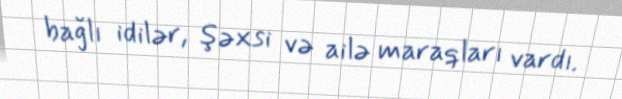
bağlı idilər, şəxsi və ailə maraqları vardı.